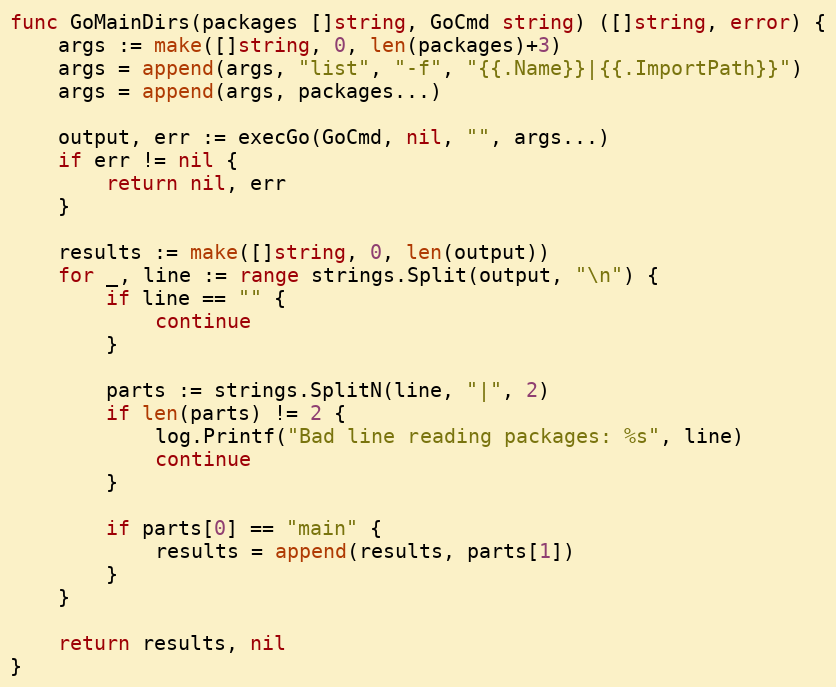
Language: Go
func GoMainDirs(packages []string, GoCmd string) ([]string, error) {
	args := make([]string, 0, len(packages)+3)
	args = append(args, "list", "-f", "{{.Name}}|{{.ImportPath}}")
	args = append(args, packages...)

	output, err := execGo(GoCmd, nil, "", args...)
	if err != nil {
		return nil, err
	}

	results := make([]string, 0, len(output))
	for _, line := range strings.Split(output, "\n") {
		if line == "" {
			continue
		}

		parts := strings.SplitN(line, "|", 2)
		if len(parts) != 2 {
			log.Printf("Bad line reading packages: %s", line)
			continue
		}

		if parts[0] == "main" {
			results = append(results, parts[1])
		}
	}

	return results, nil
}